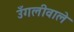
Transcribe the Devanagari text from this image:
उँगलीवाले